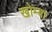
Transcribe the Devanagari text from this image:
खोम्बा